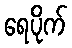
ရေပိုက်